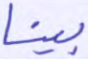
بينا